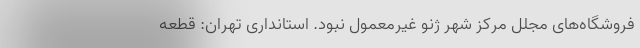
فروشگاه‌های مجلل مرکز شهر ژنو غیرمعمول نبود. استانداری تهران: قطعه